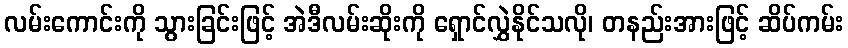
လမ်းကောင်းကို သွားခြင်းဖြင့် အဲဒီလမ်းဆိုးကို ရှောင်လွှဲနိုင်သလို၊ တနည်းအားဖြင့် ဆိပ်ကမ်း